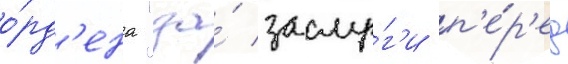
о́рд'ена "за́ заслу́г'и п'е́р'ед